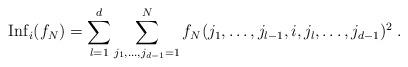
LaTeX: \begin{align*}\mathrm{Inf}_{i}(f_N) = \sum_{l=1}^{d}\sum_{j_1,\dots,j_{d-1}=1}^{N}f_N(j_{1},\dots,j_{l-1},i,j_{l},\dots,j_{d-1})^{2} \;.\end{align*}